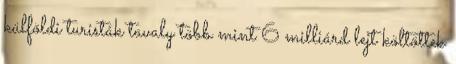
külföldi turisták tavaly több mint 6 milliárd lejt költöttek